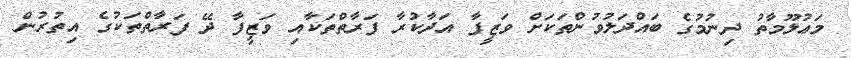
މަޢުލޫމާތު ދިނުމުގެ ބައްދަލުވުންތަކަށް ވަޒީފާ އަދާކުރާ ފަރާތްތަކާއި ވަޒީފާ ދޭ ފަަރާތްތަކުގެ އިތުރުން